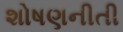
શોષણનીતી